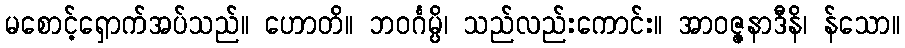
မစောင့်ရှောက်အပ်သည်။ ဟောတိ။ ဘဝင်္ဂမ္ပိ၊ သည်လည်းကောင်း။ အာဝဇ္ဇနာဒီနိ၊ န်သော။